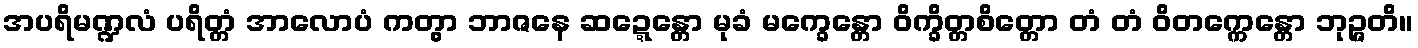
အပရိမဏ္ဍလံ ပရိတ္တံ အာလောပံ ကတွာ ဘာဇနေ ဆဍ္ဍေန္တော မုခံ မက္ခေန္တော ဝိက္ခိတ္တစိတ္တော တံ တံ ဝိတက္ကေန္တော ဘုဉ္ဇတိ။